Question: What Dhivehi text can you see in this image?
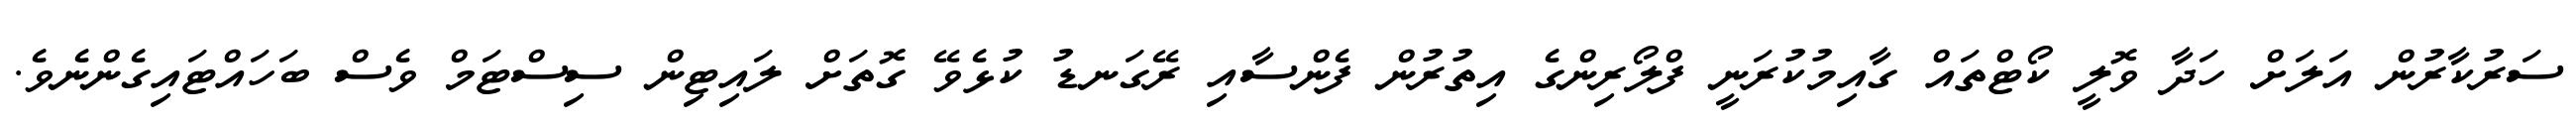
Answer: ސަރުކާރުން އަލަށް ހަދާ ވޮލީ ކޯޓްތައް ގާއިމުކުރަނީ ފްލޯރިންގެ އިތުރުން ފެންސާއި ރޭގަނޑު ކުޅެވޭ ގޮތަށް ލައިޓިން ސިސްޓަމް ވެސް ބަހައްޓައިގެންނެވެ.